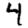
Digit: 4